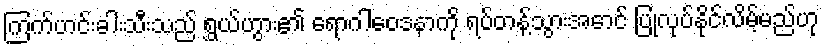
ကြက်ဟင်းခါးသီးသည် ရွှယ်ဟွား၏ ရောဂါဝေဒနာကို ရပ်တန့်သွားအောင် ပြုလုပ်နိုင်လိမ့်မည်ဟု